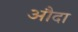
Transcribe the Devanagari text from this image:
औदा